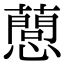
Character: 𢤘